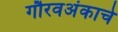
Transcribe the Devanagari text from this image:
गौरवअंकाचे